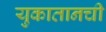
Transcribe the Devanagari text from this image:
युकातानची